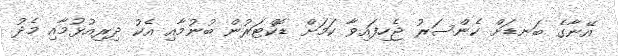
އޭނާގެ ބަނޑަށް ކެންސަރު ޖެހިފައިވާ ކަމަށް ޑޮކްޓަރުން ބުނުމާއި އެކު ދިރިއުޅުމާއި މެދު